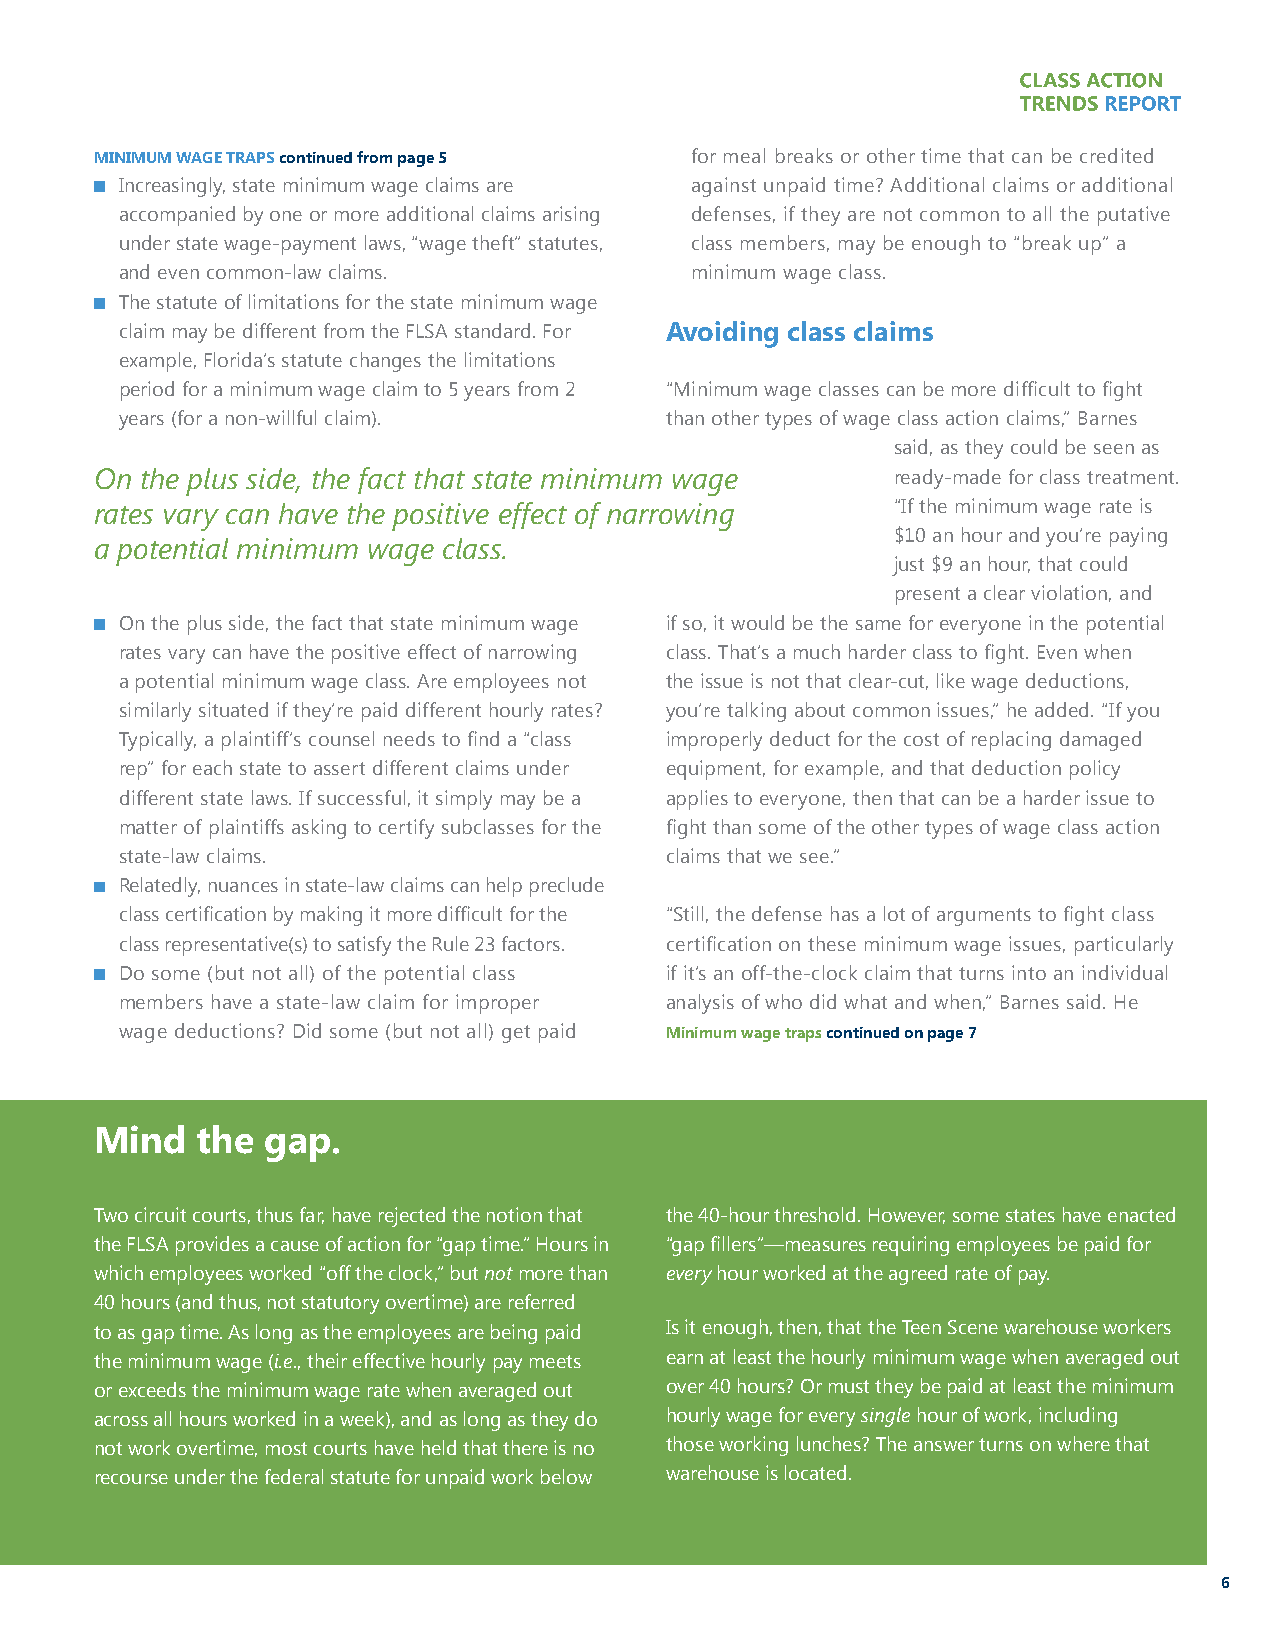
MINIMUM WAGE TRAPS continued from page 5 for meal breaks or other time that can be credited
 Increasingly, state minimum wage claims are against unpaid time? Additional claims or additional
 accompanied by one or more additional claims arising defenses, if they are not common to all the putative
 under state wage-payment laws, “wage theft” statutes, class members, may be enough to “break up” a
 and even common-law claims.           minimum wage class.
 The statute of limitations for the state minimum wage
 claim may be different from the FLSA standard. For Avoiding class claims
 example, Florida’s statute changes the limitations
 period for a minimum wage claim to 5 years from 2 “Minimum wage classes can be more difficult to fight
 years (for a non-willful claim).    than other types of wage class action claims,” Barnes
 said, as they could be seen as
 On the plus side, the fact that state minimum wage   ready-made for class treatment.
 rates vary can have the positive effect of narrowing “If the minimum wage rate is
 $10 an hour and you’re paying
 a potential minimum wage class.
 just $9 an hour, that could
 present a clear violation, and
 On the plus side, the fact that state minimum wage if so, it would be the same for everyone in the potential
 rates vary can have the positive effect of narrowing class. That’s a much harder class to fight. Even when
 a potential minimum wage class. Are employees not the issue is not that clear-cut, like wage deductions,
 similarly situated if they’re paid different hourly rates? you’re talking about common issues,” he added. “If you
 Typically, a plaintiff’s counsel needs to find a “class improperly deduct for the cost of replacing damaged
 rep” for each state to assert different claims under equipment, for example, and that deduction policy
 different state laws. If successful, it simply may be a applies to everyone, then that can be a harder issue to
 matter of plaintiffs asking to certify subclasses for the fight than some of the other types of wage class action
 state-law claims.                   claims that we see.”
 Relatedly, nuances in state-law claims can help preclude
 class certification by making it more difficult for the “Still, the defense has a lot of arguments to fight class
 class representative(s) to satisfy the Rule 23 factors. certification on these minimum wage issues, particularly
 Do some (but not all) of the potential class if it’s an off-the-clock claim that turns into an individual
 members have a state-law claim for improper analysis of who did what and when,” Barnes said. He
 wage deductions? Did some (but not all) get paid Minimum wage traps continued on page 7
 Mind   the  gap.
 Two circuit courts, thus far, have rejected the notion that the 40-hour threshold. However, some states have enacted
 the FLSA provides a cause of action for “gap time.” Hours in “gap fillers”—measures requiring employees be paid for
 which employees worked “off the clock,” but not more than every hour worked at the agreed rate of pay.
 40 hours (and thus, not statutory overtime) are referred
 to as gap time. As long as the employees are being paid Is it enough, then, that the Teen Scene warehouse workers
 the minimum wage (i.e., their effective hourly pay meets earn at least the hourly minimum wage when averaged out
 or exceeds the minimum wage rate when averaged out over 40 hours? Or must they be paid at least the minimum
 across all hours worked in a week), and as long as they do hourly wage for every single hour of work, including
 not work overtime, most courts have held that there is no those working lunches? The answer turns on where that
 recourse under the federal statute for unpaid work below warehouse is located.
 6